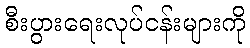
စီးပွားရေးလုပ်ငန်းများကို